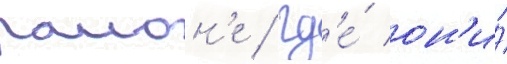
раион'е / гд'е́ он'и́